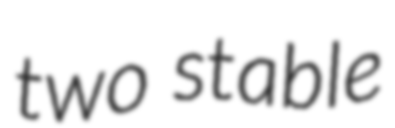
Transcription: two stable